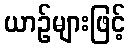
ယာဉ်များဖြင့်